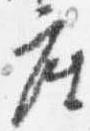
座